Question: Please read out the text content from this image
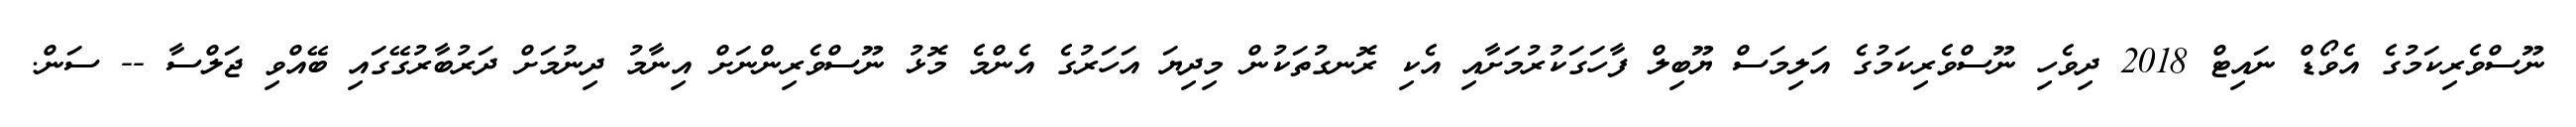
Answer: ނޫސްވެރިކަމުގެ އެވޯޑް ނައިޓް 2018 ދިވެހި ނޫސްވެރިކަމުގެ އަލިމަސް ޔޫބިލް ފާހަގަކުރުމަށާއި އެކި ރޮނގުތަކުން މިދިޔަ އަހަރުގެ އެންމެ މޮޅު ނޫސްވެރިންނަށް އިނާމު ދިނުމަށް ދަރުބާރުގޭގައި ބޭއްވި ޖަލްސާ -- ސަން.